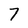
Character: 7